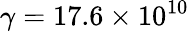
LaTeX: \gamma=17.6\times 10^{10}